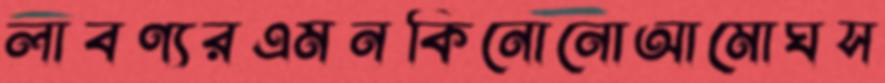
লাবণ্যরএমনকিনোনোআমোঘস